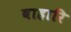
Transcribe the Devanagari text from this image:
बाहारि